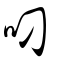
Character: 叼